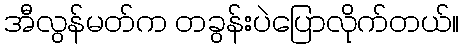
အီလွန်မတ်က တခွန်းပဲပြောလိုက်တယ်။